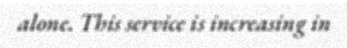
alone. This service is increasing in